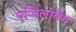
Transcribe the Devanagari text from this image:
एजिलाबेथ